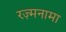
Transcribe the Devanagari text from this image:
रज़्मनामा